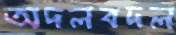
অদলবদল